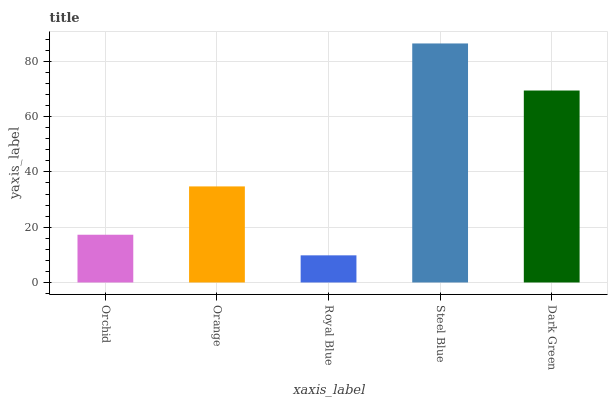
| xaxis_label | bars |
 | --- | --- |
 | Orchid | 17.3 |
 | Orange | 34.8 |
 | Royal Blue | 9.82 |
 | Steel Blue | 86.5 |
 | Dark Green | 69.5 |